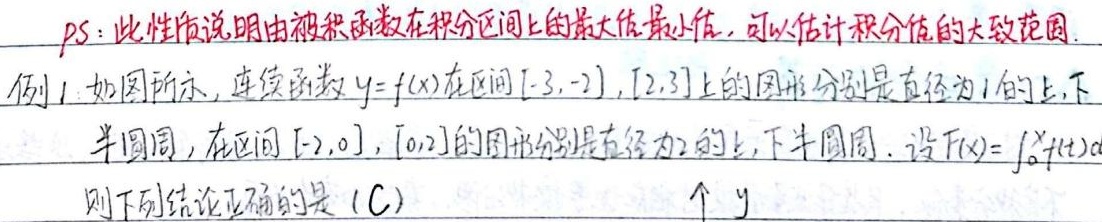
PS：此性质说明由被积函数在积分区间上的最大值最小值，可以估计积分值的大致范围。

例1. 如图所示，连续函数 \(y = f(x)\) 在区间 \([-3,-2],[2,3]\) 上的图形分别是直径为1的上、下半圆周，在区间 \([-2,0],[0,2]\) 的图形分别是直径为2的上、下半圆周。设 \(F(x)=\int_{0}^{x}f(t)dt\)。则下列结论正确的是 (C)
\(↑y\)